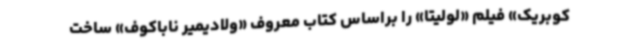
کوبریک»‌ فیلم «لولیتا» را براساس کتاب معروف «ولادیمیر ناباکوف» ساخت